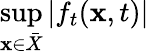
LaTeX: \operatorname*{sup}_{\mathbf{x}\in{\bar{{X}}}}|f_{t}(\mathbf{x},t)|